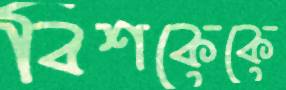
বিশকেকে